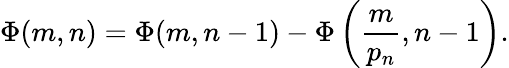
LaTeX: \Phi(m,n)=\Phi(m,n-1)-\Phi\left({\frac{m}{p_{n}}},n-1\right).